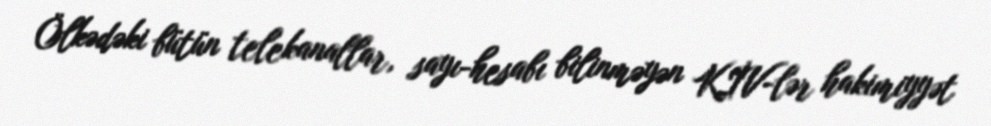
Ölkədəki bütün telekanallar, sayı-hesabı bilinməyən KİV-lər hakimiyyət